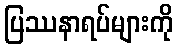
ပြဿနာရပ်များကို